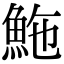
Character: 䰿